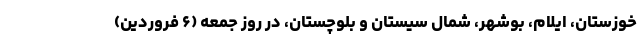
خوزستان، ایلام، بوشهر، شمال سیستان و بلوچستان، در روز جمعه (۶ فروردین)